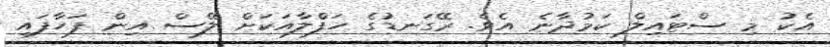
އެކު މި ސްޓައިލް ކަމުދާނެ އެވެ. ރޭގަނޑުގެ ހަފްލާއަކަށް ލޭސް އިން ފަހާފައި